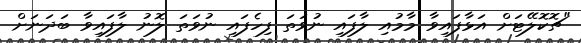
"ޗޮކޮލޭޓަށް އަޅާފައިވާ މާމުއި ލާފައި ނުވަތަ ފިހެފައި ނުވަތަ ލޮނު ލާފައިވާ ބަދަނަށް